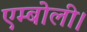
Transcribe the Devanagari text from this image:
एम्बोली।